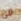
فى